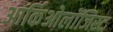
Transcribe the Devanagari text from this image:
आर्किओलॉजिस्ट